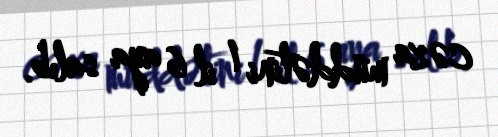
cəza müddətini 1 il 6 aya salıb.